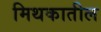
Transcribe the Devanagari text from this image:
मिथकातील